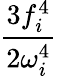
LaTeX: \frac{3f_{i}^{4}}{2\omega_{i}^{4}}